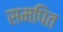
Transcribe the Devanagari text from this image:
समपित